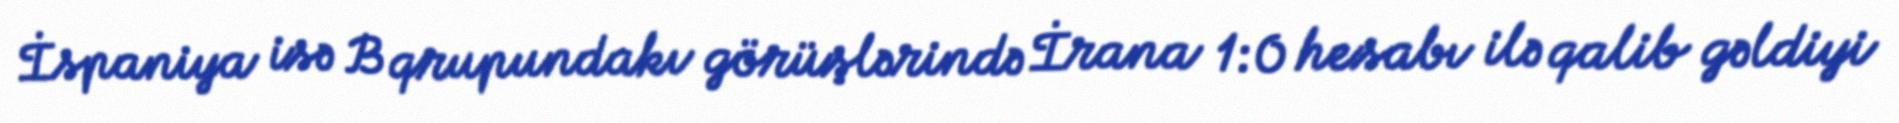
İspaniya isə B qrupundakı görüşlərində İrana 1:0 hesabı ilə qalib gəldiyi